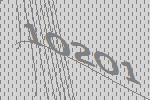
10201